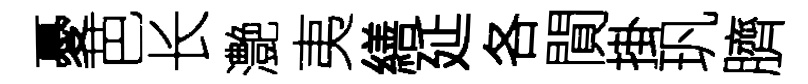
憂芭长灔夷繕延各閴掛㺬臍